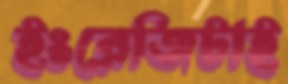
ইংরেজিটাই